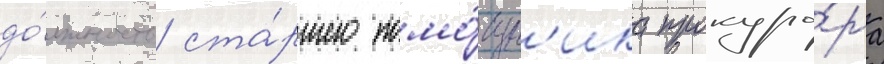
до́лжность ста́ршего помо́щн'ика прокуро́ра